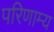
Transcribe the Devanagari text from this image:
परिणाम्य